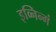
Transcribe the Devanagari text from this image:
इव्निन्गं